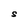
Character: S